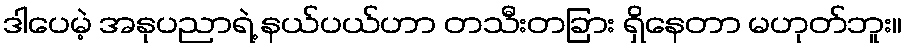
ဒါပေမဲ့ အနုပညာရဲ့ နယ်ပယ်ဟာ တသီးတခြား ရှိနေတာ မဟုတ်ဘူး။